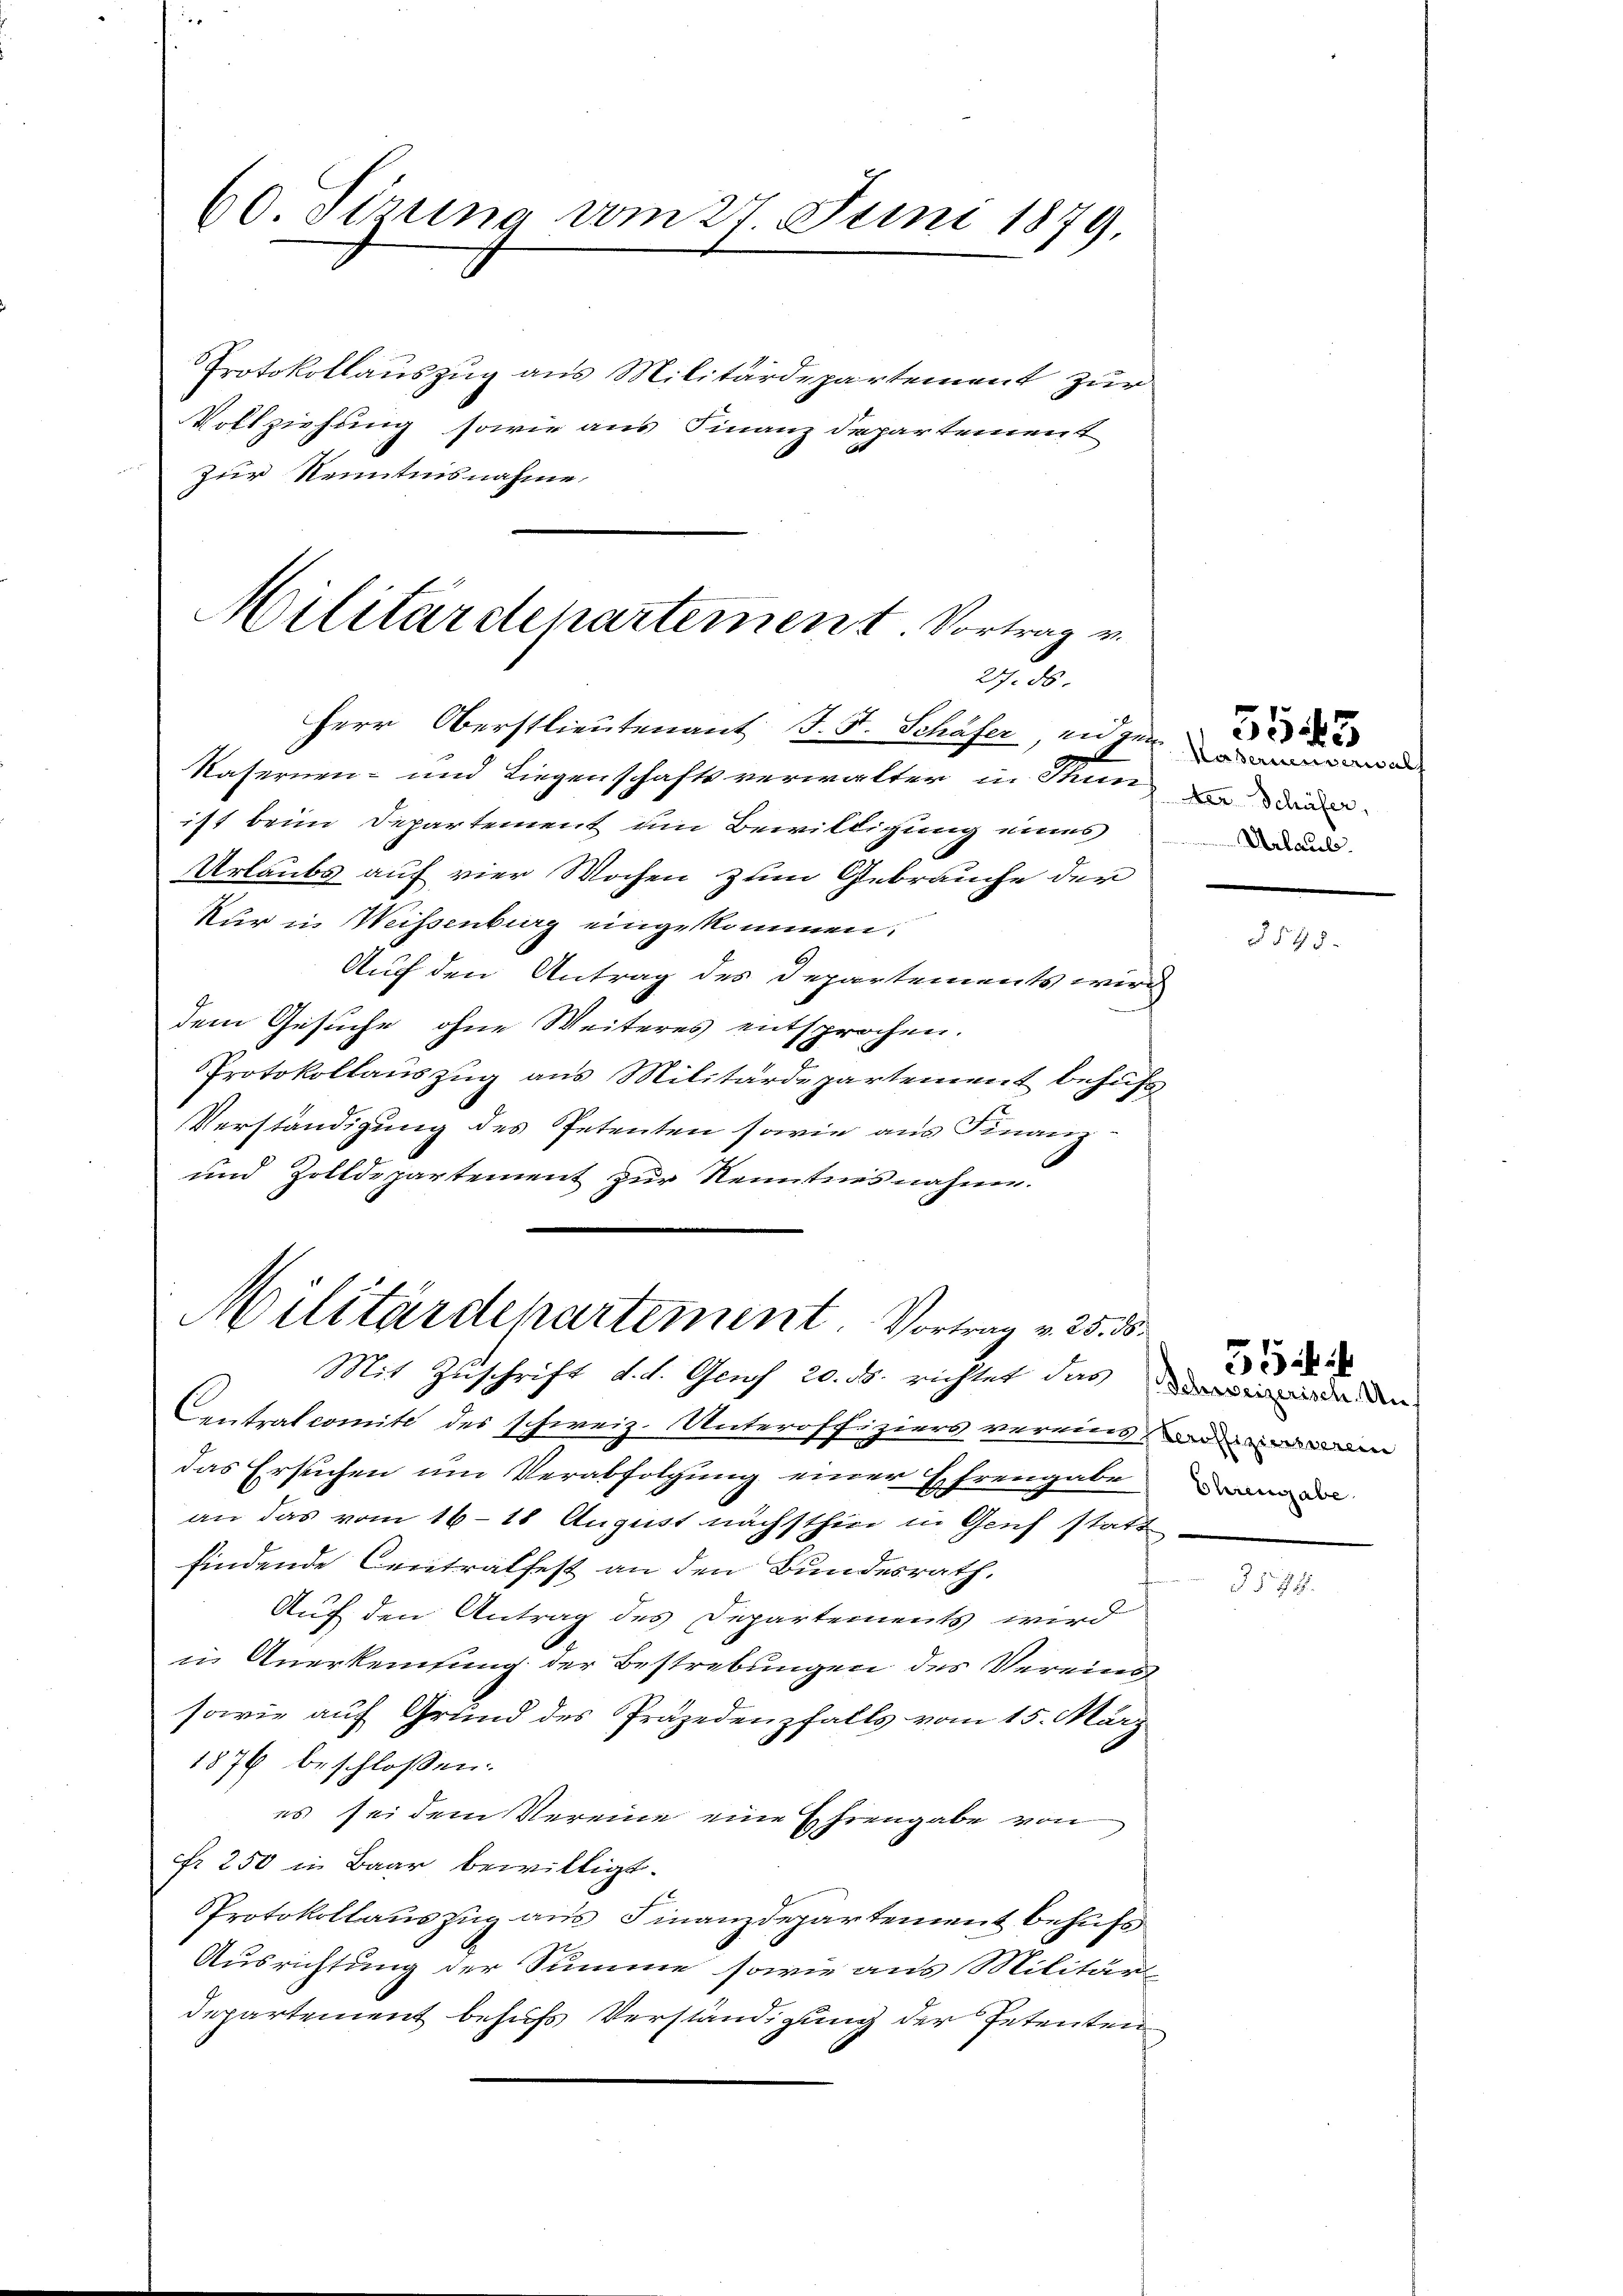
60 Sizung vom 27. Juni 1879,

Protokollauszug aus Militärdepartement zur
Vollziehung sowie aus Finanz Departement
Zur Kenntnisnahme.
Militärstenartement Vortrag v.

. 30.

Herr Oberstlieutenant J. J. Schäfer, und zun
Kasernen- und Liegenschaftsverwalter in Stun
ist beim Departement um Bewilligung eines
Urlaubs auf vier Wochen zum Gebrauche der
Nur in Weissenburg eingekommen.
Auf den Antrag des Departements wird
dem Gesuche ohne Weiteres entsprochen.
Protokollauszug aus Militärdepartement behufs
Verständigung des Petenten sowie aus Finanz
und Zolldepartement zur Kenntnis nahm.
Centrat comité des schweiz. Unteroffiziers vermis an ein
das Ersuchen um Verabfolgung einer Ehrengabe
an das vom 16–18 August nächsthier in Genf statt
findende Centralfest an den Bundesrath.
f
Auf den Antrag des Departements wird
in Anerkennung der Bestrebungen des Vereins
sowie auf Grund des Präjedenfalls vom 15. März
1876 beschlossen:
es sei dem Vereine eine Ehrengabe von
fr 250 in Baar bewilligt.
PProtokollauszug aus Finanzdepartement behufs
Ausrichtung der Summe sowie aus Militär
departement behufs Verständigung der Petenten

Militärdepartement. Vortrag v. 25. 38
Mit Zuschrift d. d. Gens 20. ds. richtet das den werde den

Kasernennerwal
Aer Schüfer,
Arlaub.

5545

§ 595.

Ehrengabe

3

3578.